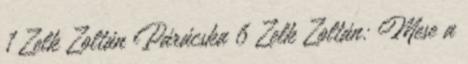
1 Zelk Zoltán Párácska 6 Zelk Zoltán: Mese a